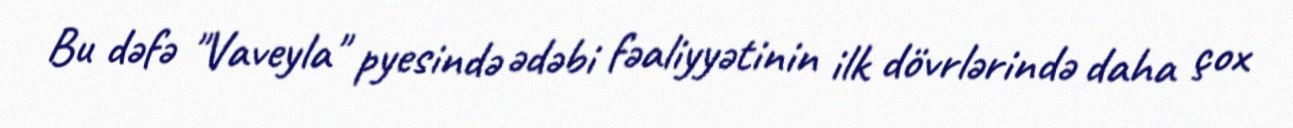
Bu dəfə "Vaveyla" pyesində ədəbi fəaliyyətinin ilk dövrlərində daha çox